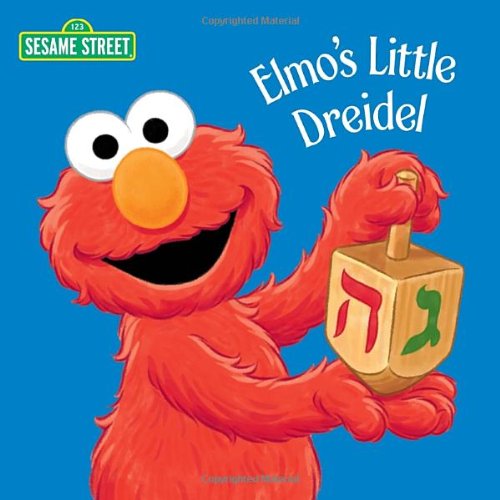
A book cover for Elmo's Little Dreidel (Sesame Street) (Sesame Steet 123); Naomi Kleinberg; Children's Books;